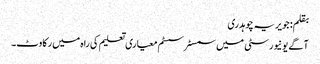
بقلم: جویریہ چوہدری
آگے یونیورسٹی میں سمسٹر سسٹم معیاری تعلیم کی راہ میں رکاوٹ۔